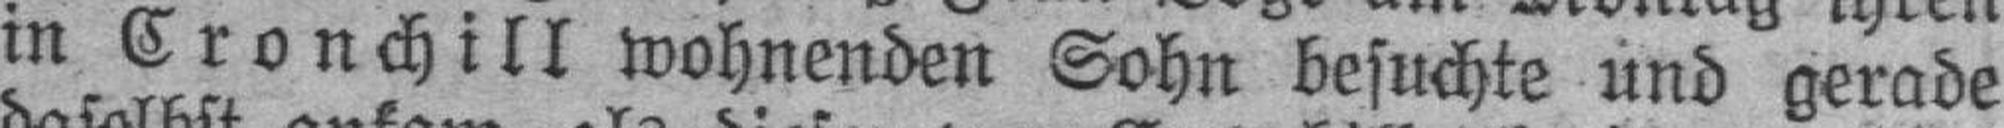
in Cronchill wohnenden Sohn besuchte und gerade